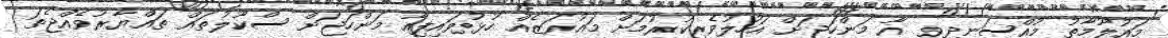
މައުލޫމާތު މުއްސަނދިވި އާ މަންހަޖަށް އަހުލުވެރިކުރުމަށް މައުރަޒެއް ހުޅުވައިފިއާ މަންހަޖަށް ސްކޫލުތައް ތައްޔާރުވެއްޖެތަ